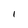
Character: l